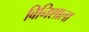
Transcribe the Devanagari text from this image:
बिनिशाला